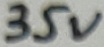
Text: 35V